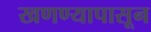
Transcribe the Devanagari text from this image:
खणण्यापासून